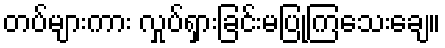
တပ်များကား လှုပ်ရှားခြင်းမပြုကြသေးချေ။